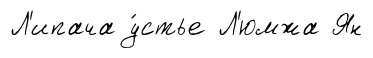
Л'ипача у́стье Л'юмжа Ян